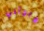
فاجأني